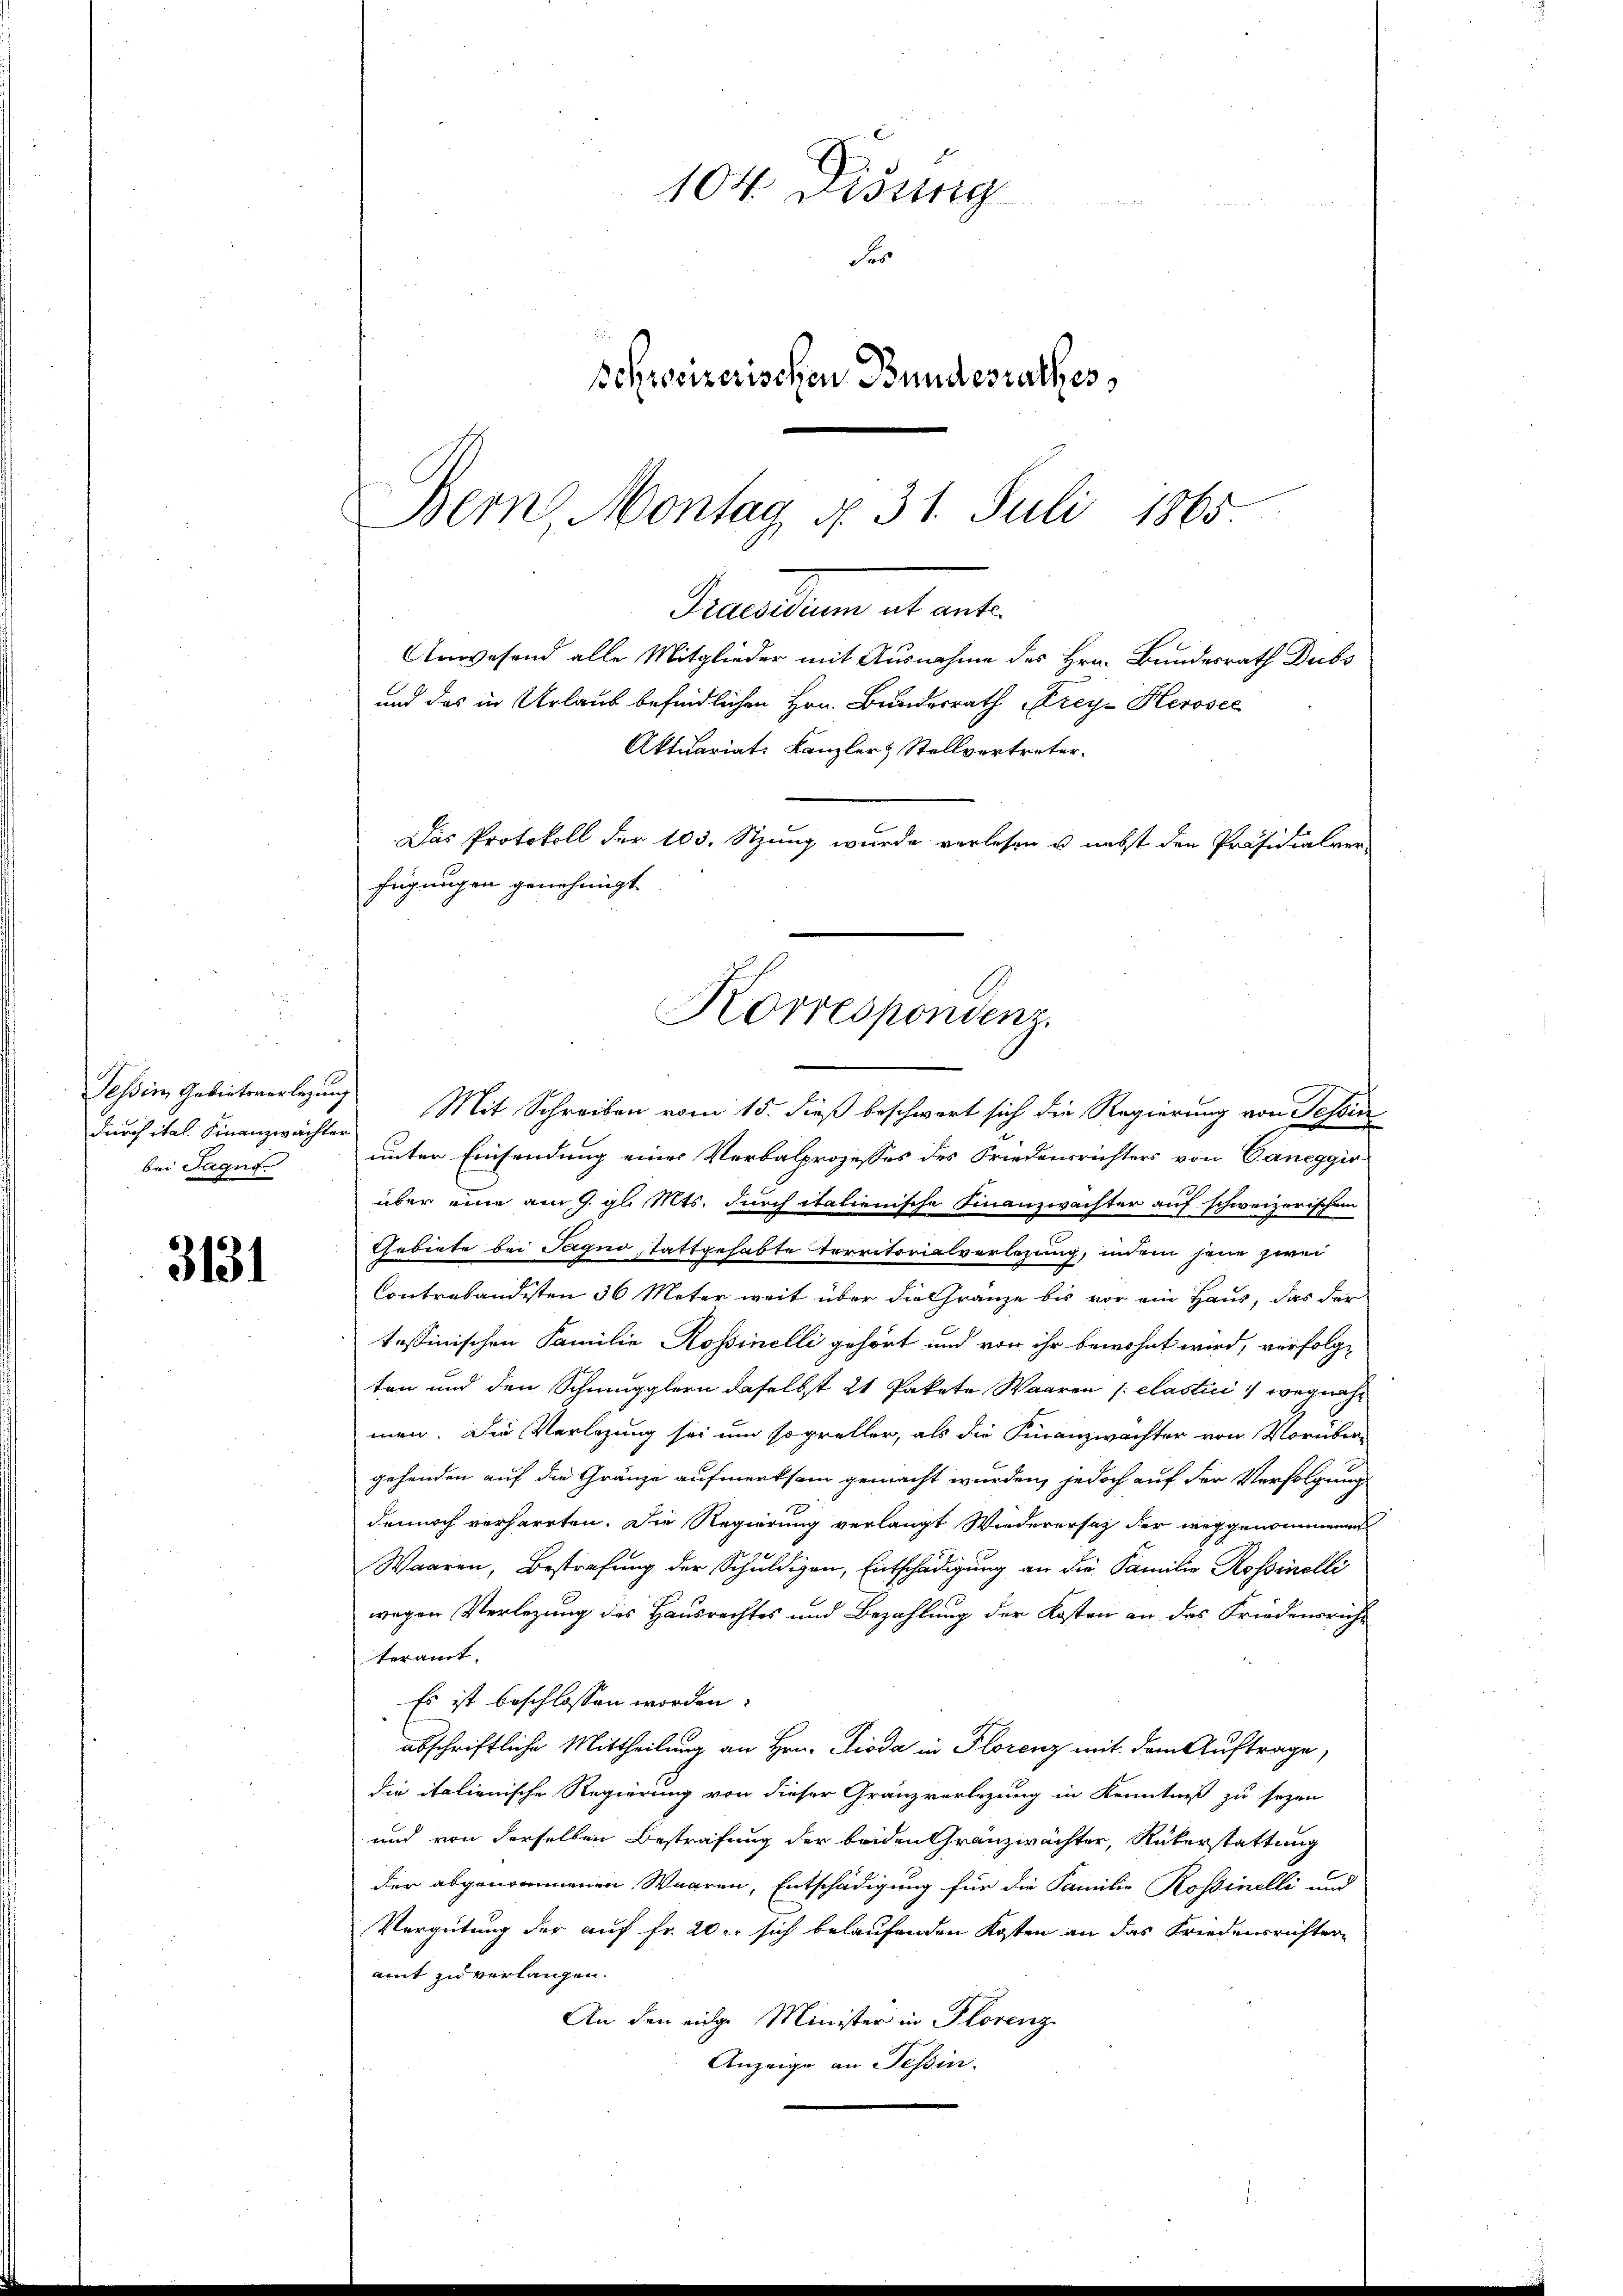
durch ital. Finanzwächter
bei Jaque

3131

104 Disung
Fer
schweizerischen Bundesrathes

Bern Montag No. 31. Juli 1865
cellen et ent
Anwesend alle Mitglieder mit Ausnahme des Hrn. Bundesrath Dubs
und das in Urlaub befindlichen Hrn. Bundesrath Krey Herosec

Tessin Gebietenerlegung Mit Schreiben vom 15. dieß beschwert sich die Regierung von Tessin
unter Einsendung einer Verbalprozesses des Friedensrichters von Caneggio
über eine am 9. gl. Mts. durch italienische Finanzwachter auf schweizerischem
Gebiete bei Jagno stattgehabte Territorialverlegung, indem jene zwei
Contrabändisten 36 Meter weit über die Gränze bis vor ein Haus, das der
tessinischen Familie Rossinelli gehört und von ihr bewohnt wird, verfolg-
ten und den Schmugglern daselbst 21 Pakete Waaren elastici wegnahmen. Die Verlegung sei um sogreller, als die Finanzwächter von Vorüber-
gehenden auf die Gränze aufmerksam gemacht wurden, jedoch auf der Verfolgung
dennoch verharrten. Die Regierung verlangt Wiederersatz der weggenommenen
Waaren, Bestrafung der Schuldigen, Entschädigung an die Familie Rossinelli
wegen Verlegung des Hausrechtes und Bezahlung der Kosten an das Friedensricht
teramt. |
Es ist beschlossen worden.
abschriftliche Mittheilung an Hrn. Dioda in Florenz mit dem Auftrage,
die italienische Regierung von dieser Granzverlegung in Kenntniß zu seyen
und von derselben Bestrafung der beiden Gränzwächter, Rükerstattung
der abgenommenen Waaren, Entschädigung für die Familie Rosinelli und
Vergütung der auf fr. 20. sich belaufenden Kosten an das Friedensrichter-
amt zu verlangen.
An den einge Minister in Florenz
Anzeige an Tessin.

Aktuariats Kanzler Stellvertreter.
Das Protokoll der 105. Stzung wurde verlesen u. nebst den Präsidialver-
fügungen genehmigt
Korrespondenz